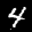
Label: 4